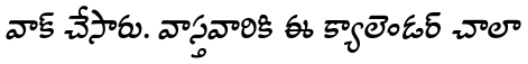
వాక్ చేసారు. వాస్తవారికి ఈ క్యాలెండర్ చాలా